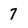
Character: 7